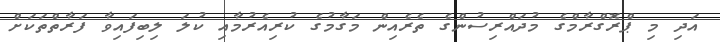
އަދި މި ޕްރޮގްރާމްގެ މުދައްރިސުންގެ ތެރެއިން މަގާމުގެ ކުރިއެރުމާއި ކުލަ ލިބިފައިވާ ފަރާތްތަކަށް